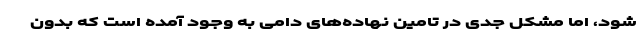
شود، اما مشکل جدی در تامین نهاده‌های دامی به وجود آمده است که بدون